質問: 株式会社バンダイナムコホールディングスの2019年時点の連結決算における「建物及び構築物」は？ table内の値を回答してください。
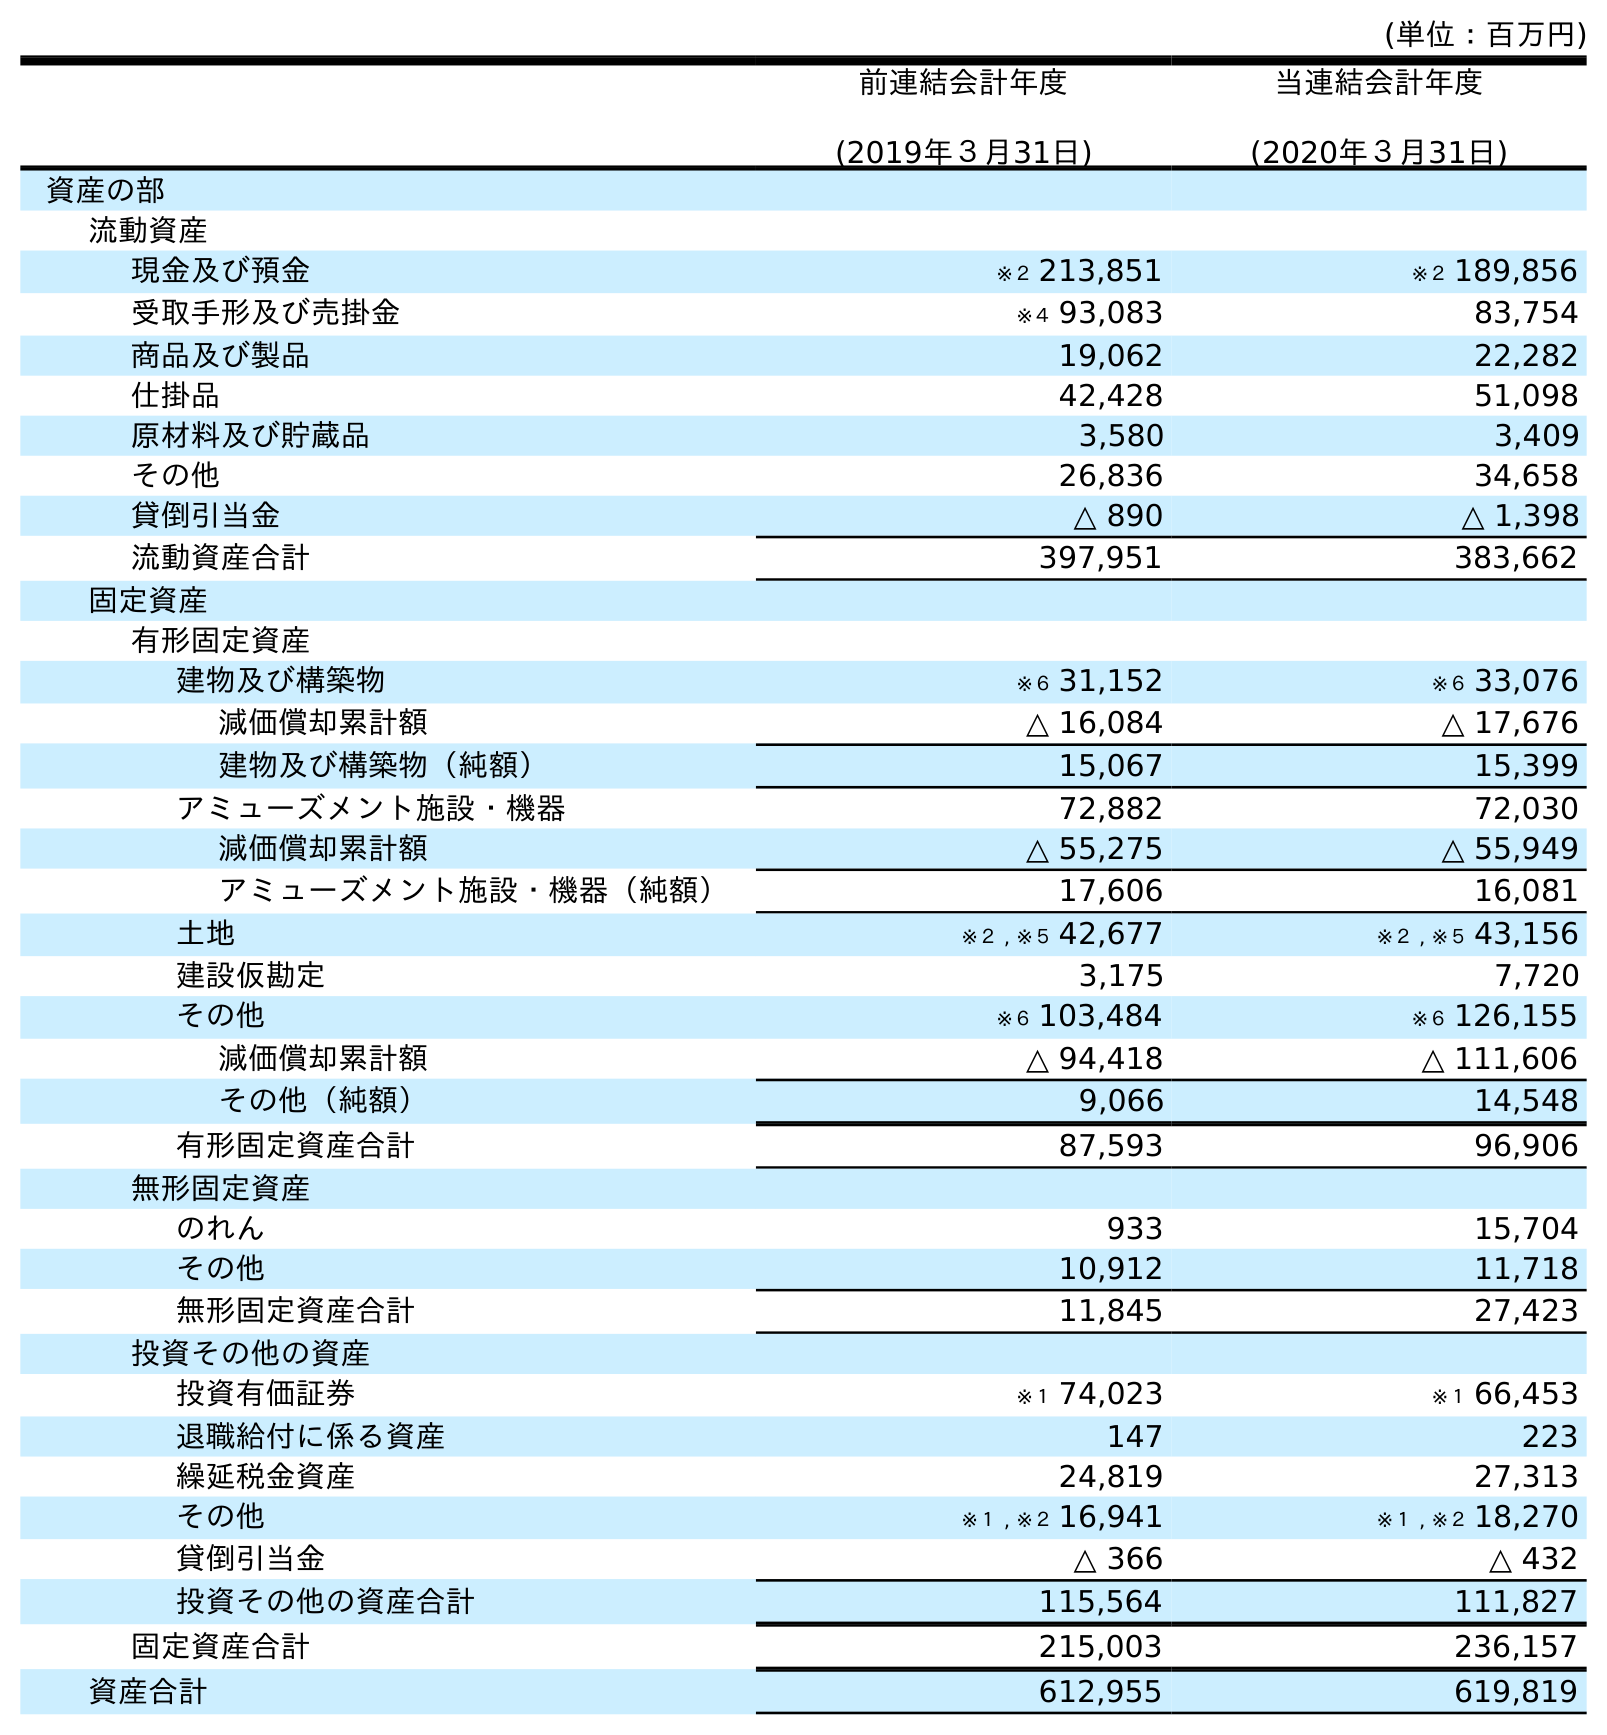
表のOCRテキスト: (単位：百万円) 前連結会計年度 (2019年３月31日) 当連結会計年度 (2020年３月31日) 資産の部 流動資産 現金及び預金 ※２ 213,851 ※２ 189,856 受取手形及び売掛金 ※４ 93,083 83,754 商品及び製品 19,062 22,282 仕掛品 42,428 51,098 原材料及び貯蔵品 3,580 3,409 その他 26,836 34,658 貸倒引当金 △ 890 △ 1,398 流動資産合計 397,951 383,662 固定資産 有形固定資産 建物及び構築物 ※６ 31,152 ※６ 33,076 減価償却累計額 △ 16,084 △ 17,676 建物及び構築物（純額） 15,067 15,399 アミューズメント施設・機器 72,882 72,030 減価償却累計額 △ 55,275 △ 55,949 アミューズメント施設・機器（純額） 17,606 16,081 土地 ※２ , ※５ 42,677 ※２ , ※５ 43,156 建設仮勘定 3,175 7,720 その他 ※６ 103,484 ※６ 126,155 減価償却累計額 △ 94,418 △ 111,606 その他（純額） 9,066 14,548 有形固定資産合計 87,593 96,906 無形固定資産 のれん 933 15,704 その他 10,912 11,718 無形固定資産合計 11,845 27,423 投資その他の資産 投資有価証券 ※１ 74,023 ※１ 66,453 退職給付に係る資産 147 223 繰延税金資産 24,819 27,313 その他 ※１ , ※２ 16,941 ※１ , ※２ 18,270 貸倒引当金 △ 366 △ 432 投資その他の資産合計 115,564 111,827 固定資産合計 215,003 236,157 資産合計 612,955 619,819
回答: ※６31,152